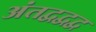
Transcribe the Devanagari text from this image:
अंतद्वद्वद्व